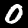
Label: 0